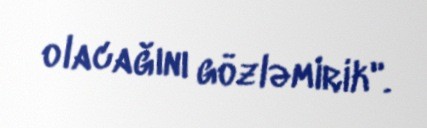
olacağını gözləmirik".